Bréfritari: Jakobína Jónsdóttir
Viðtakandi: Sólveig Jónsdóttir
Dagsetning: A-1867-11-18
Skrifað á: Hólmum  S-Múl.
systir bréfviðtakanda

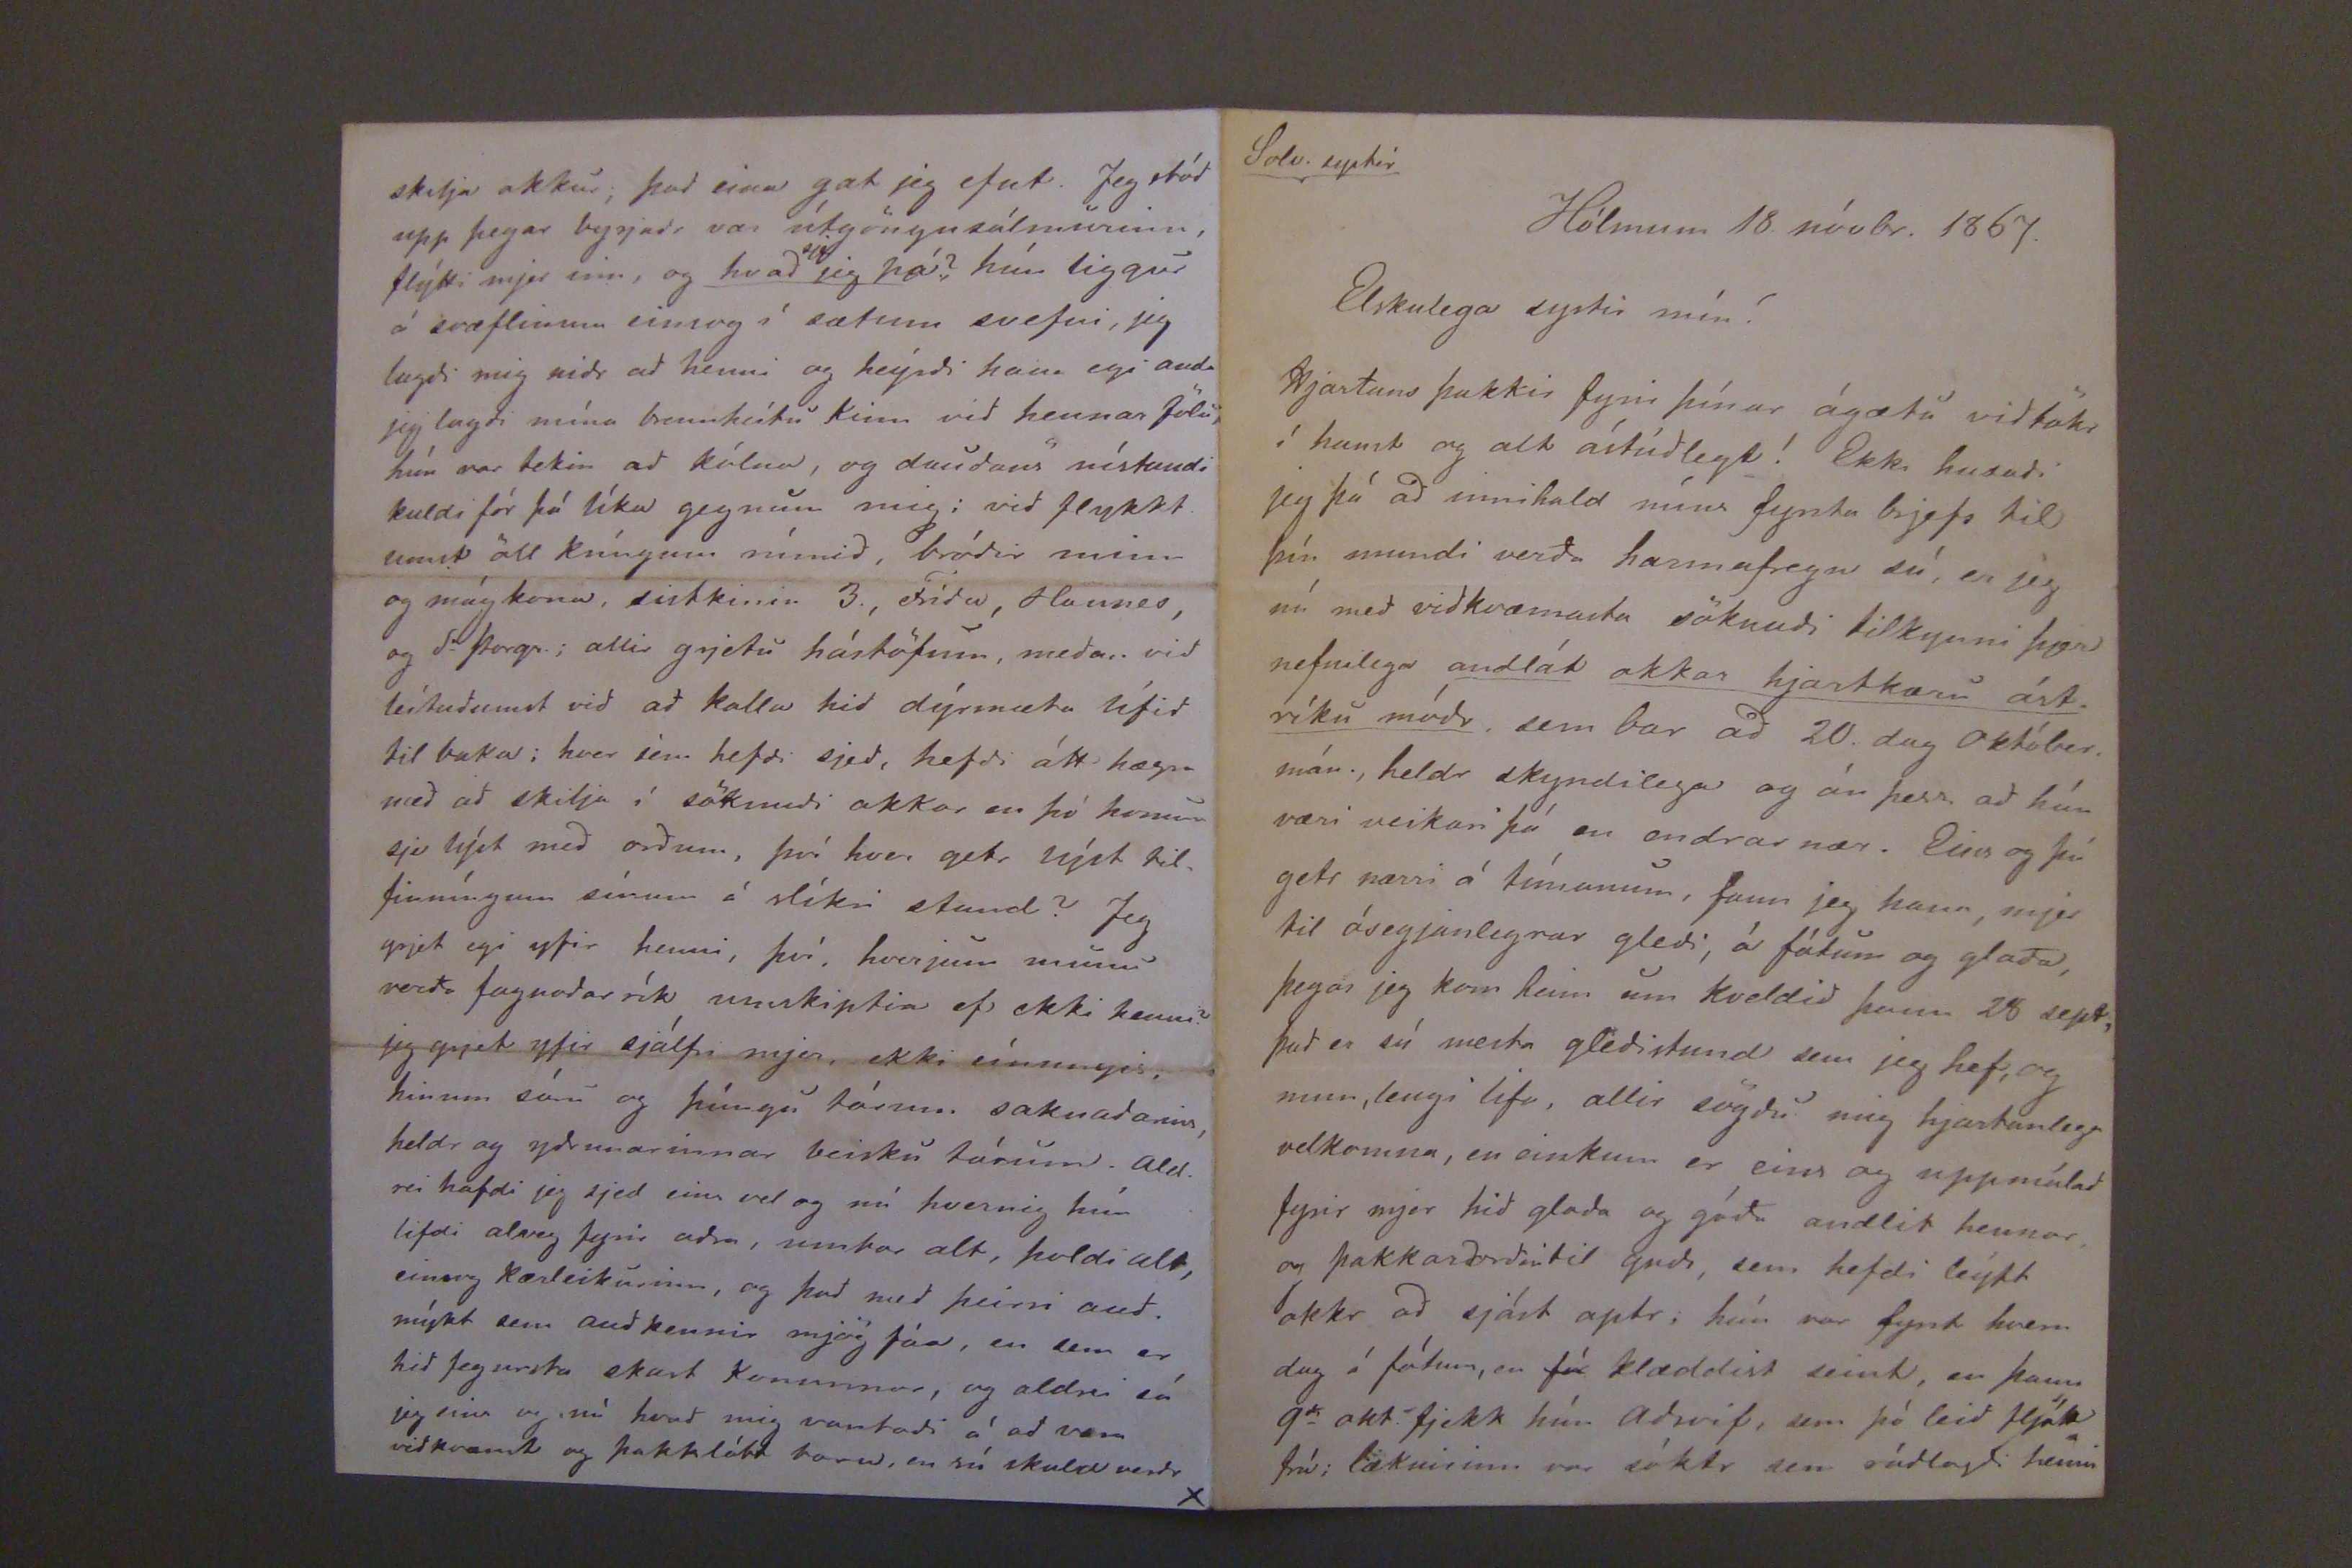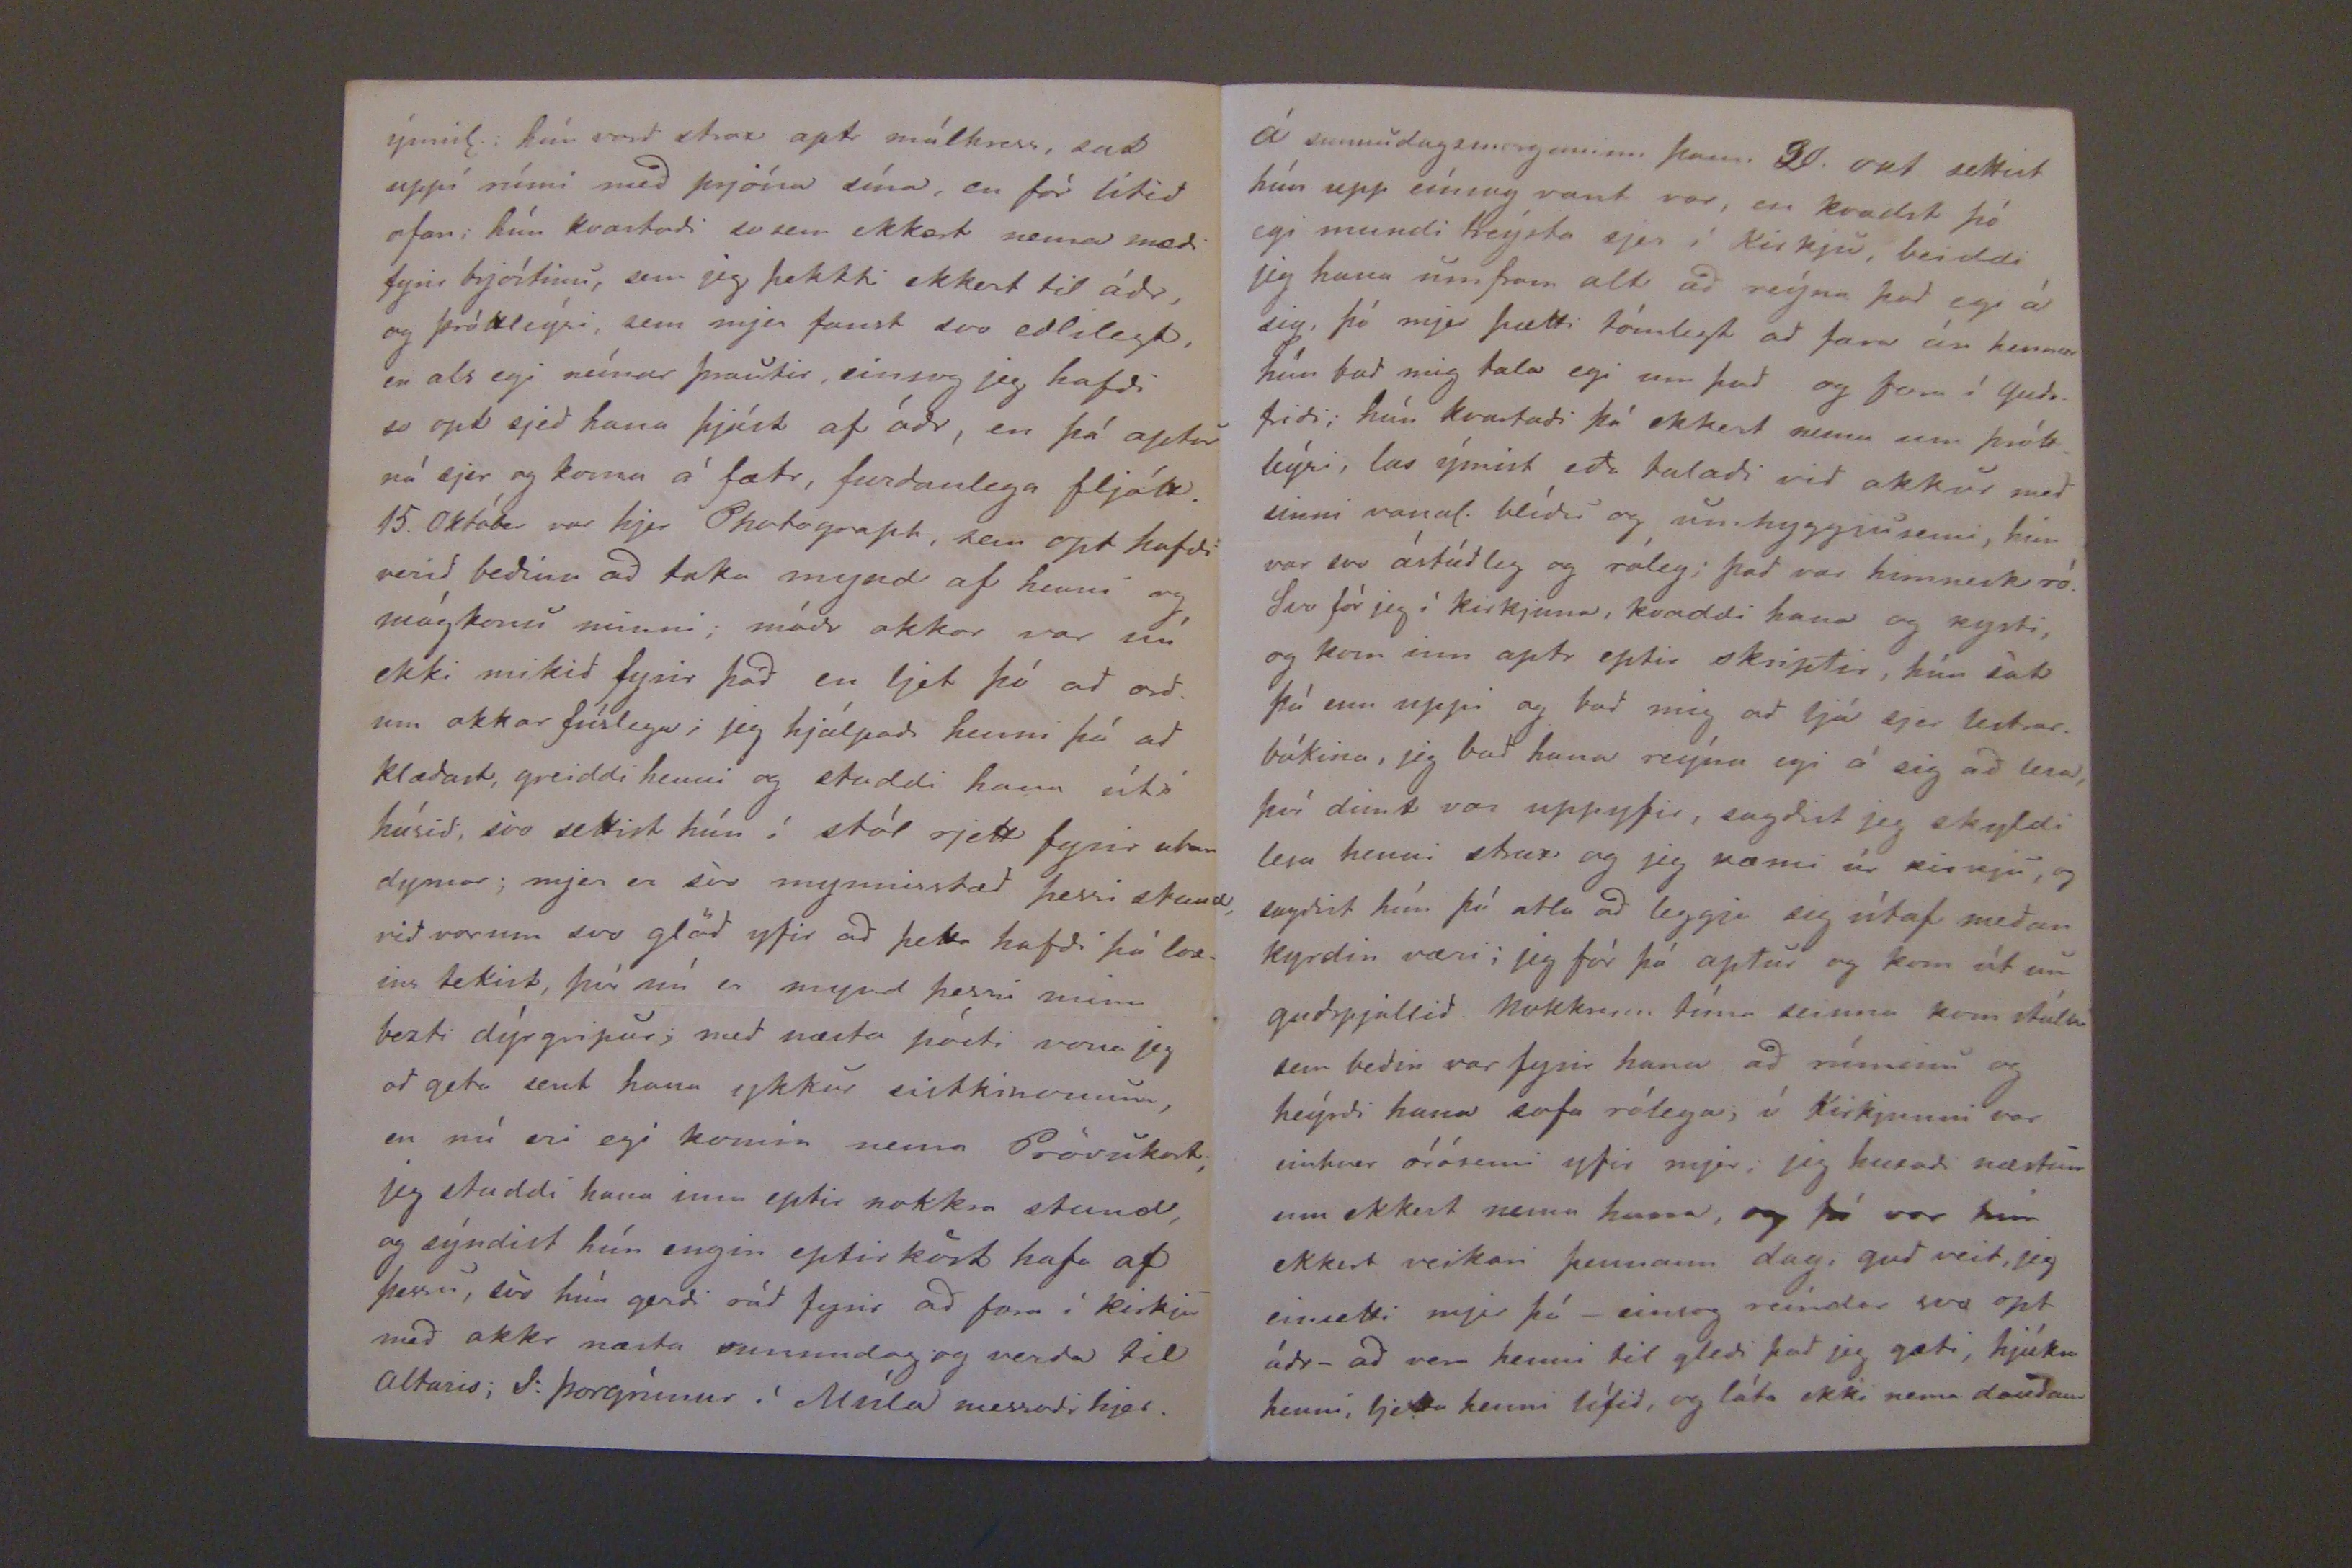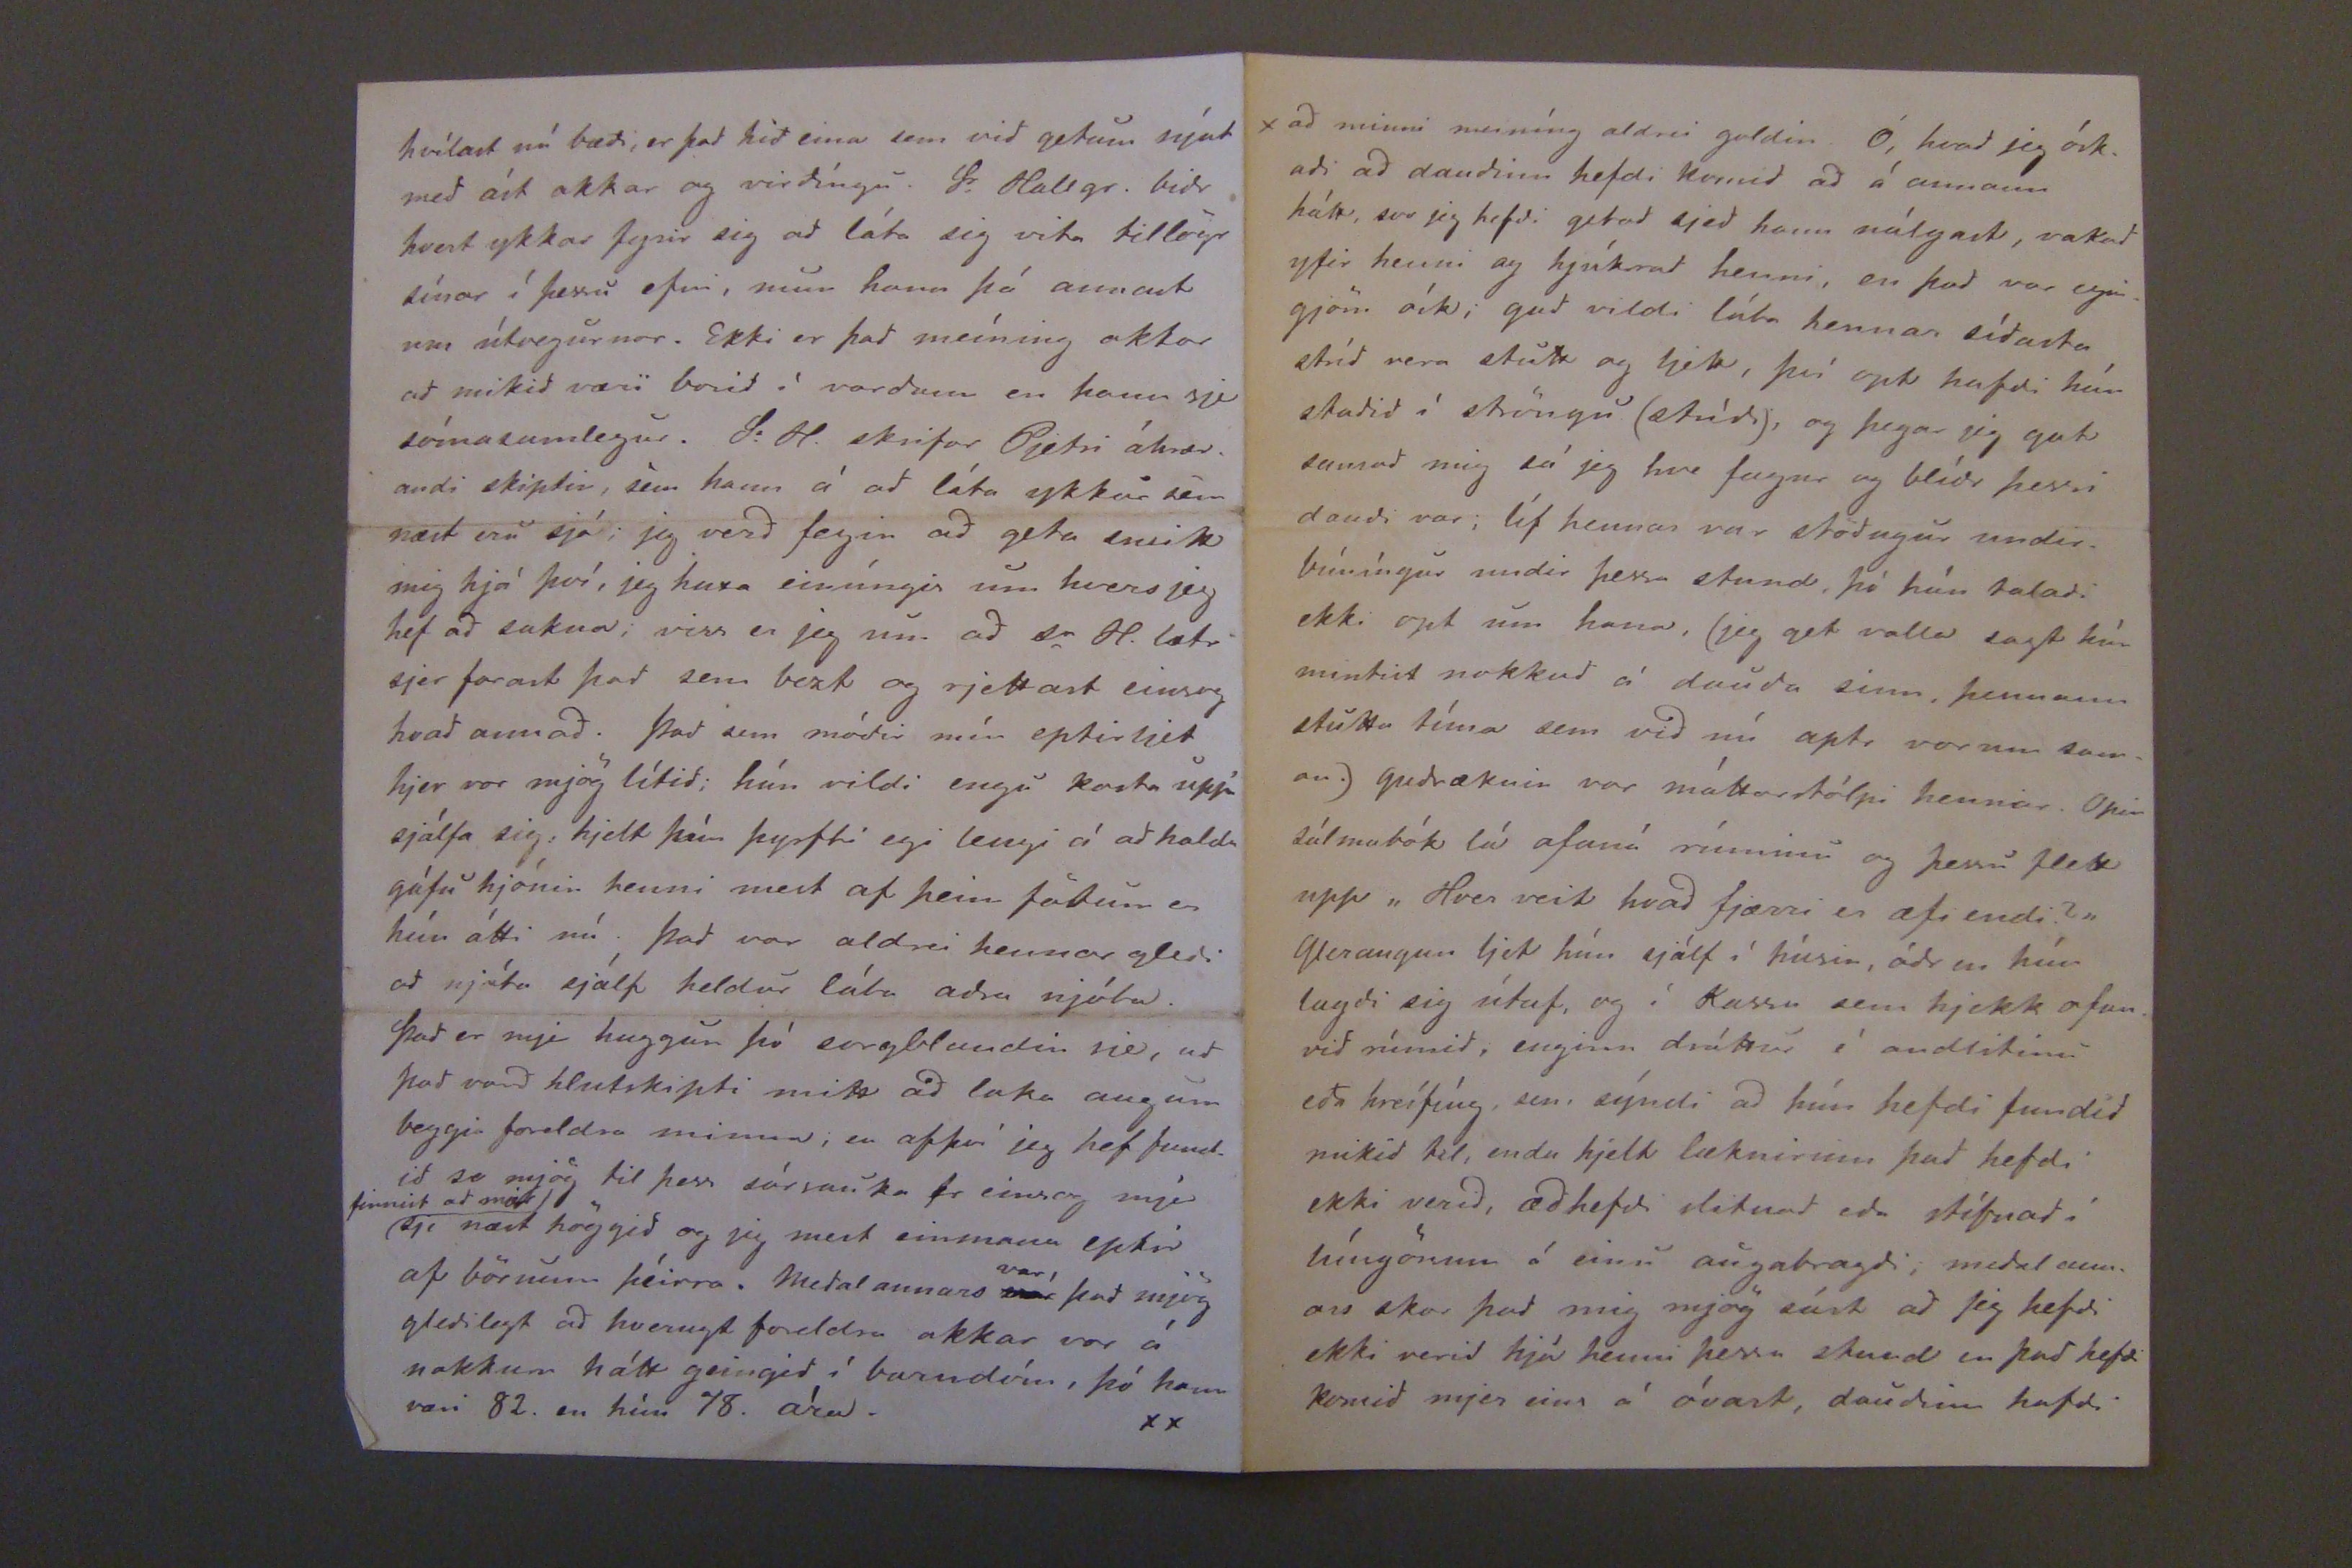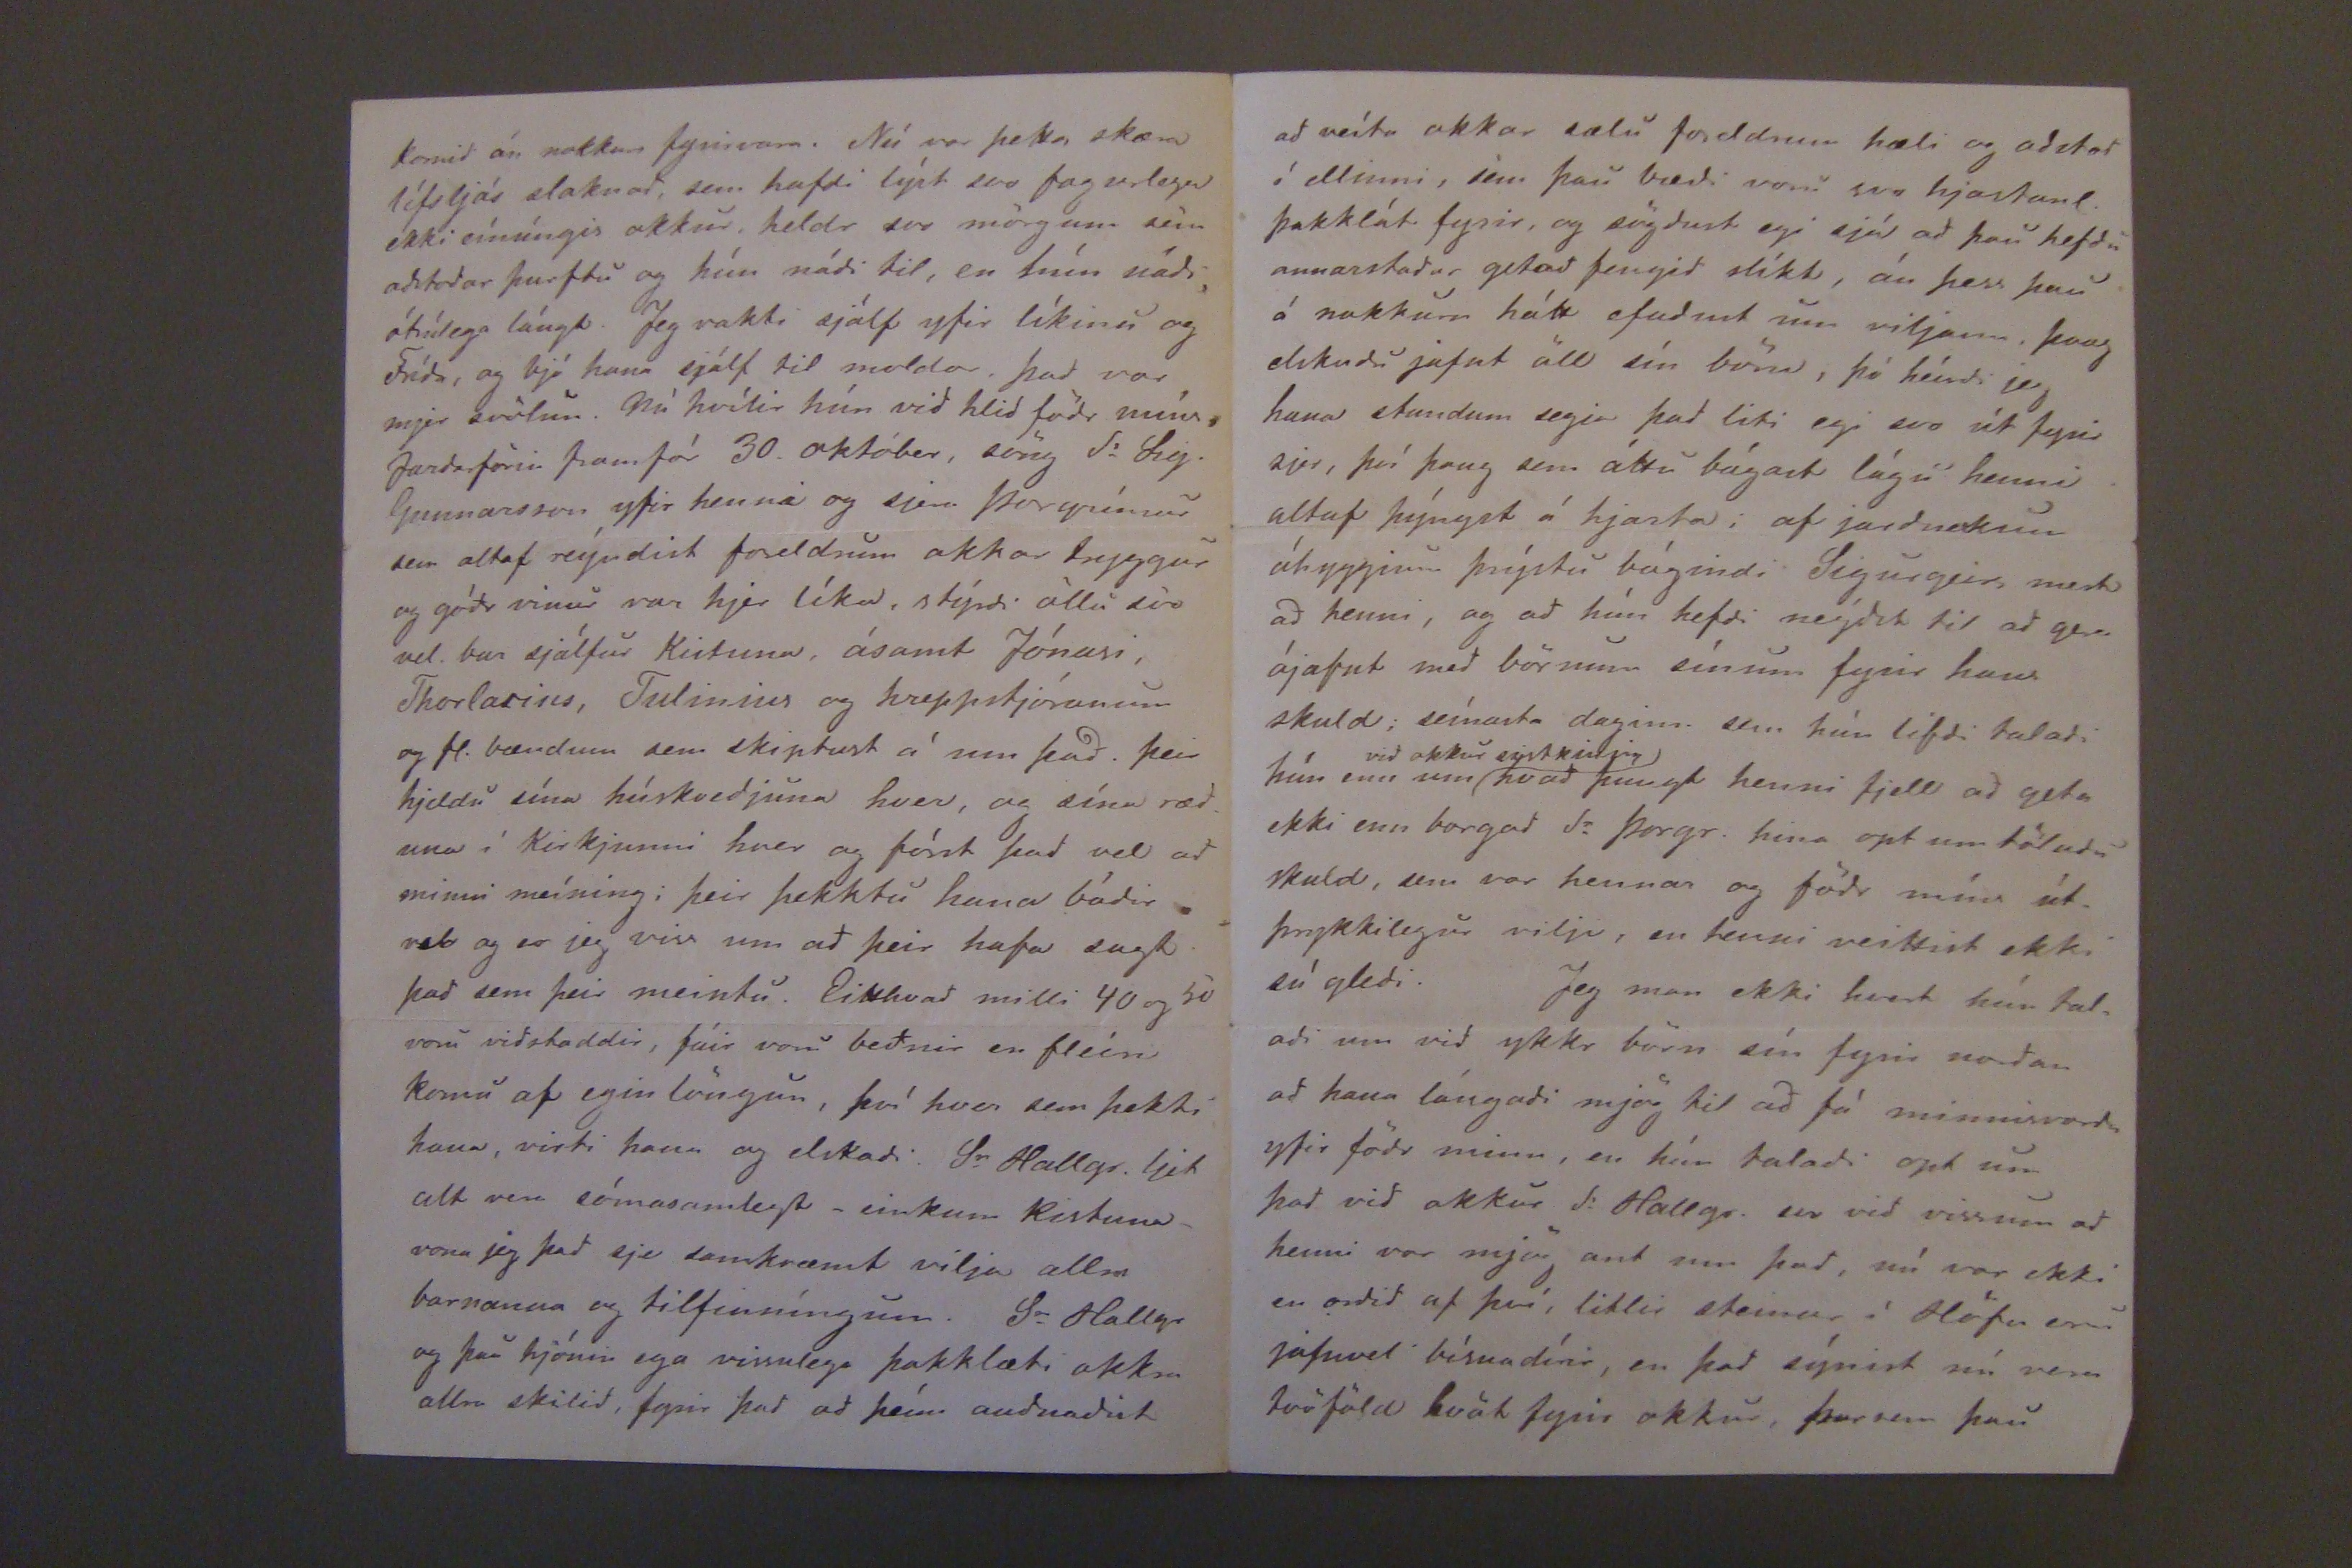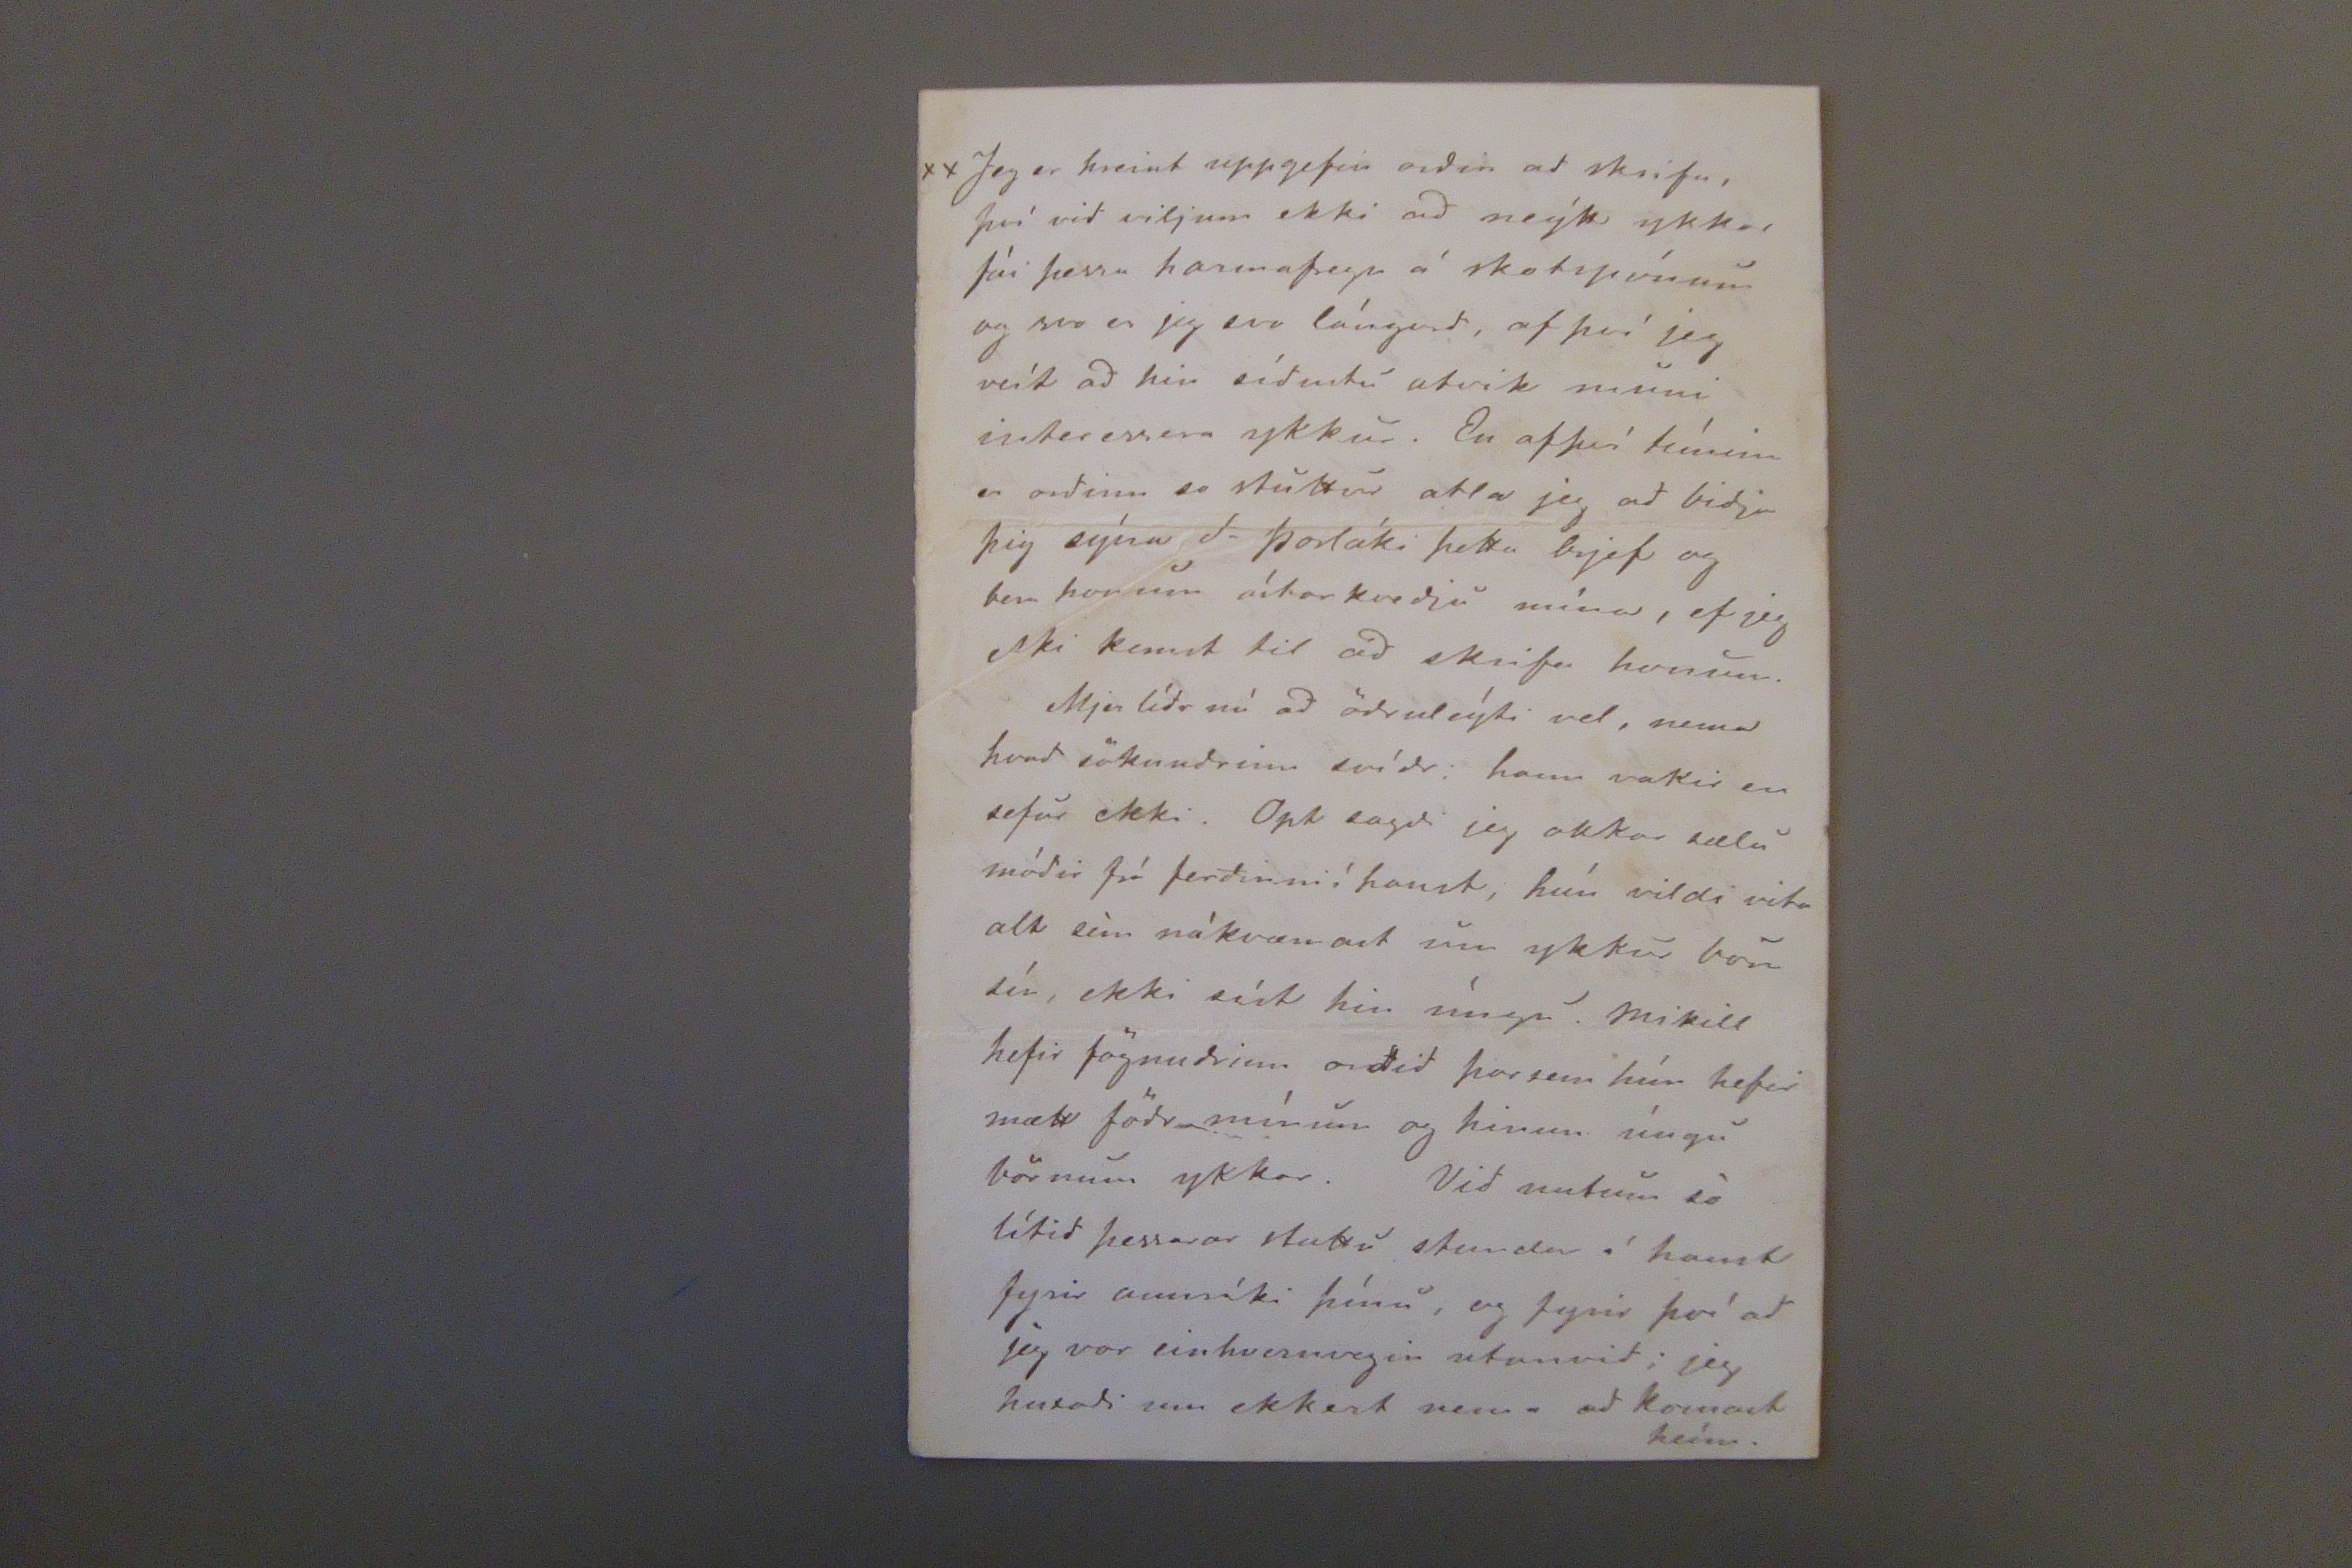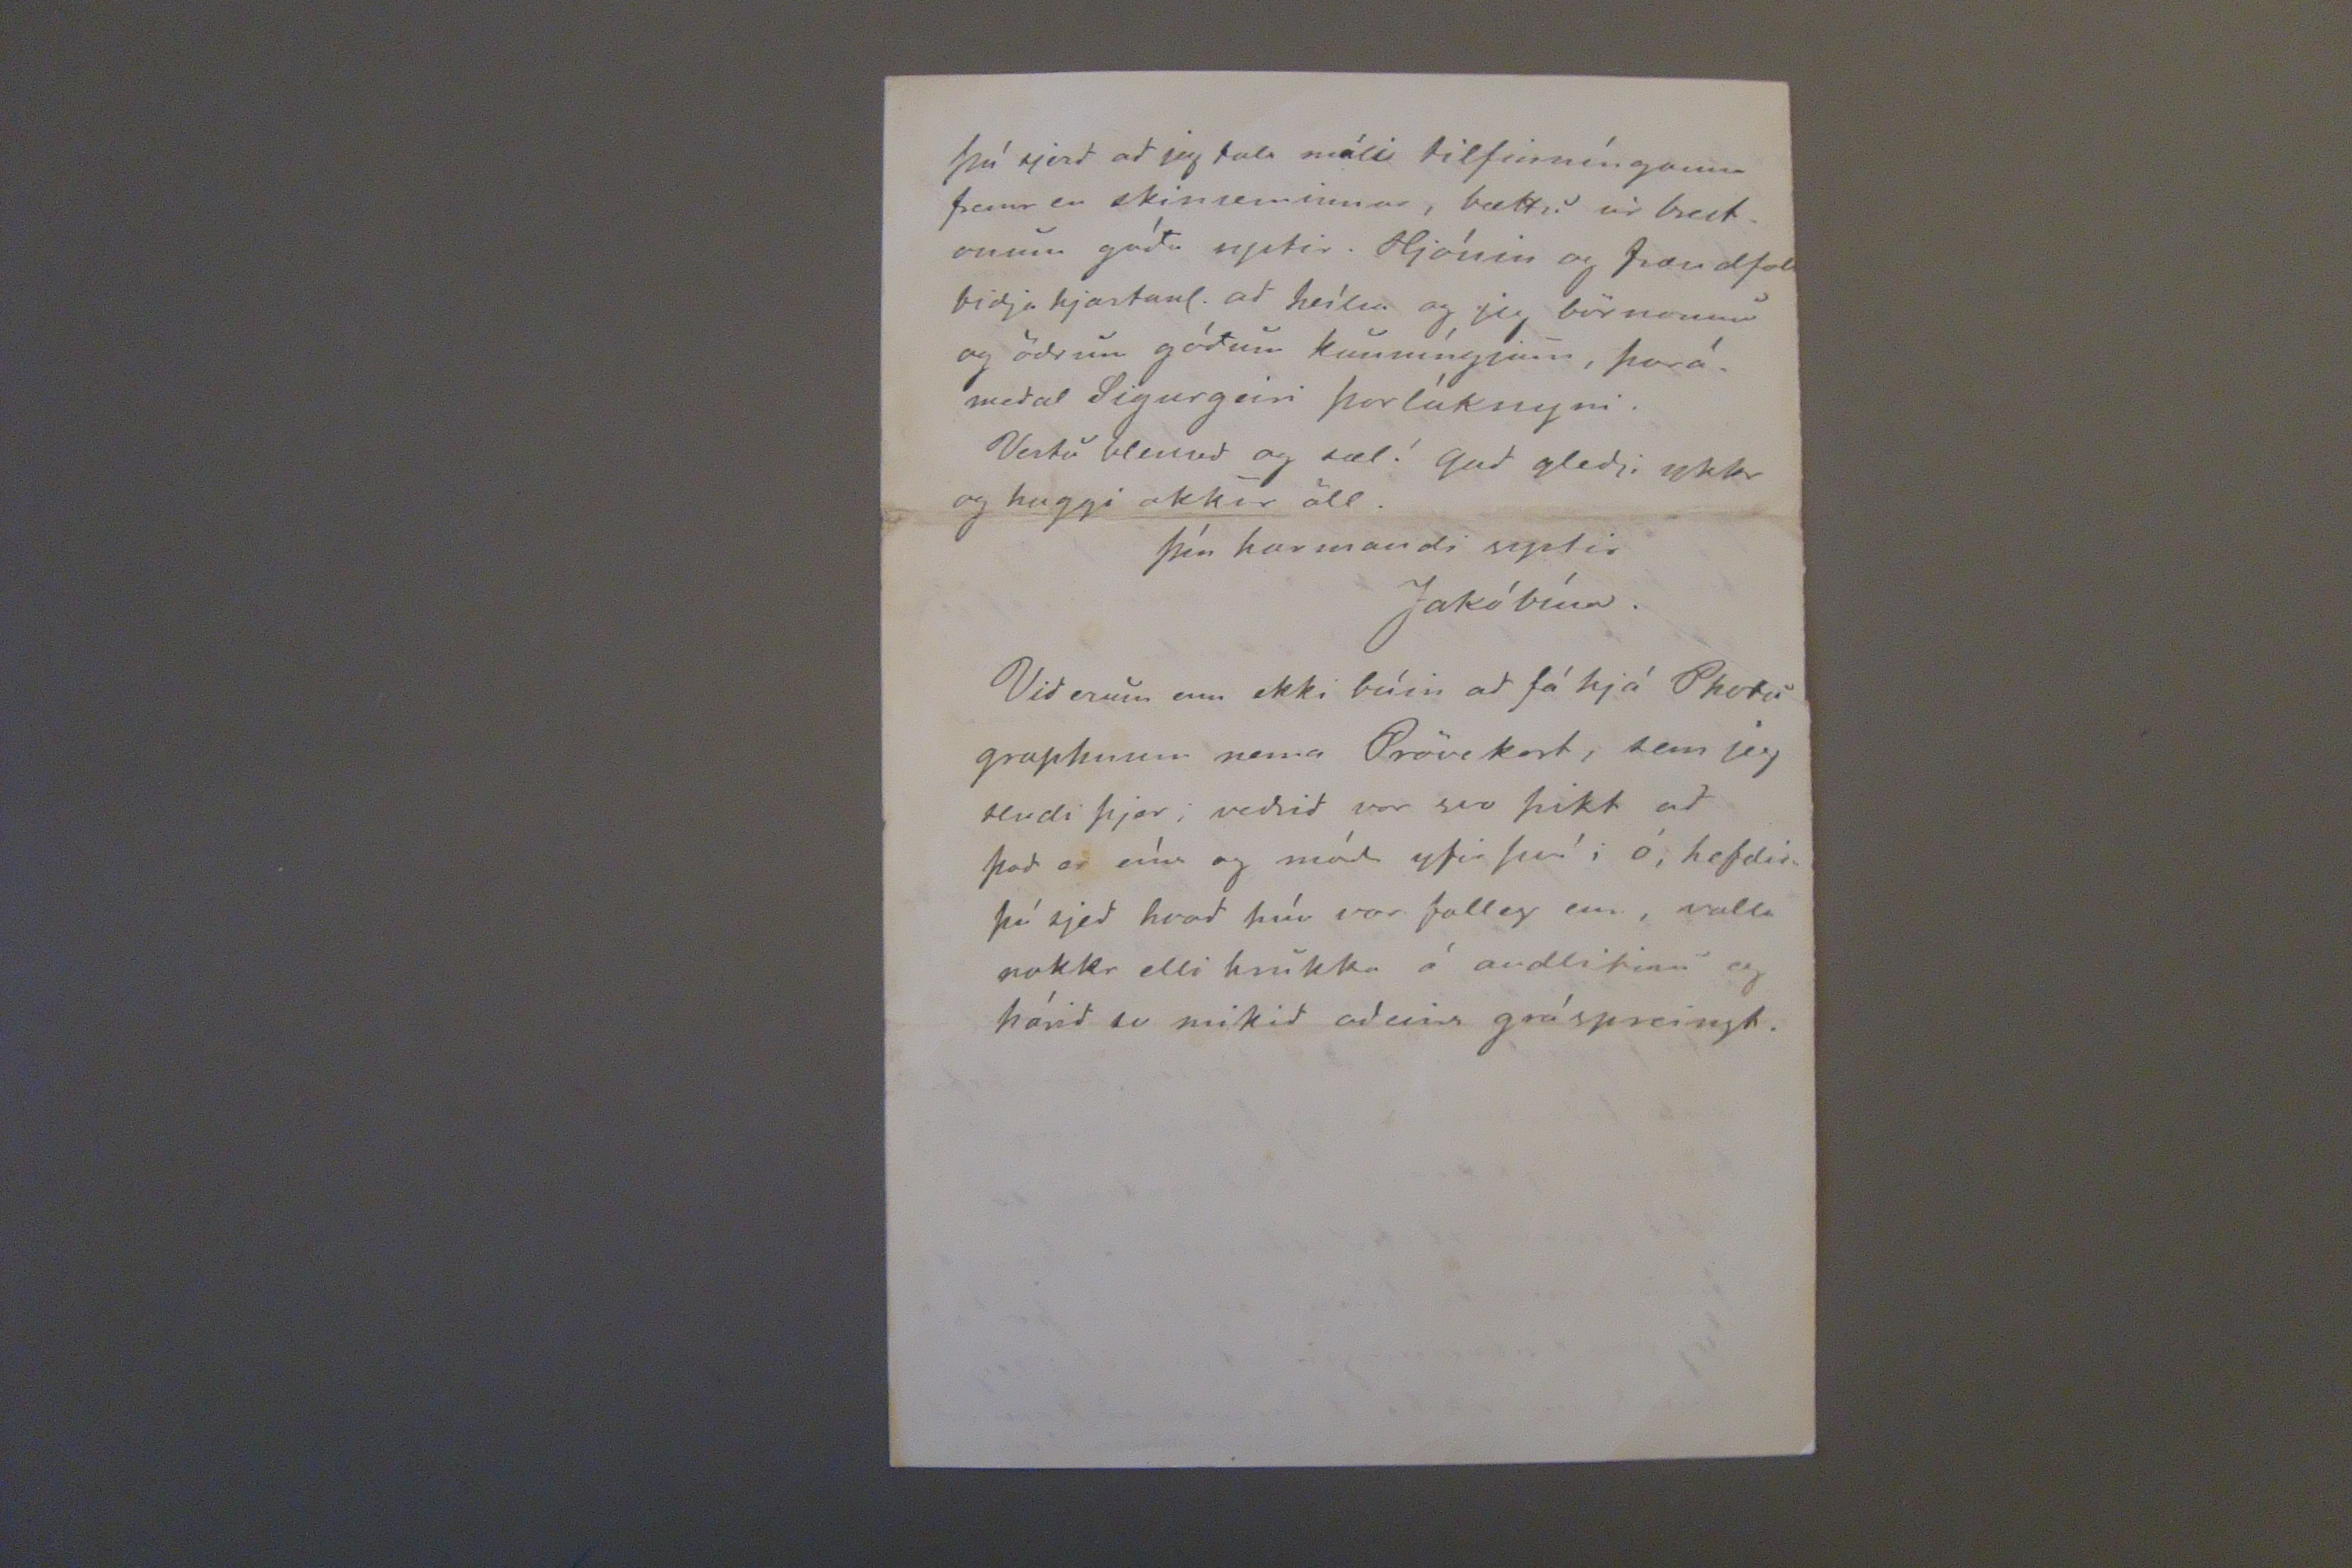

Solv. systir
Hólmum 18. nóvbr. 1867.
Elskulega systir mín!
Hjartans þakkir fyrir þínar ágætu vidtökr í haust og alt ástúdlegt! Ekki huxadi jeg þó ad innihald míns fyrsta brjefs til þín mundi verda harmafregn sú, en jeg nú med vidkvæmasta söknudi tilkynni þjer nefnilega
andlát okkar hjartkæru ástríku módr.
sem bar ad 20. dag Októbermán., heldr skyndilega og án þess ad hún væri veikari þá en endrarnær. Eins og þú getr nærri á tímanum, fann jeg hann, mjer til ásegjanlegrar gledi, á fótum og glada, þegar jeg kom heim umkveldi þann 28 sept, þad er sú mesta gledistund sem jeg hef, og mun, lengi lifa, allir sögdu mig hjartanlega velkomna, en einkum er eins og uppmálad fyrir mjer hid glada og góda andlit hennar og þakkarordintil guds, sem hefdi leýft okkr ad sjást aptr, hún var fyrst hvern dag á fótum, en
fór
klæddist seint, en þann 9
d
okt. fjekk hún Adsvif, sem þó leid fljótt frú; læknirinn var sóktr sem sem rádlagdi henni
ýmisl., hún vard strax aptr málhress,
sat
uppí rúmi med prjóna sína, en fór lítid ofan; hún kvartadi so sem ekkert nema mædi fyrir brjóstinu, sem jeg þekkti ekkert til ádr, og þróttleýsi, sem mjer fanst svo edlilegt, en als egi neínar þrautir, einsog jeg hafdi so opt sjed hana þjást af ádr, en þá aptur ná sjer og koma á fætr, furdanlega fljótt. 15. Október var hjer Photograph, sem opt hafdi verid bedinn ad taka mynd af henni og mágkonu minni; módr okkar var nú ekki mikid fyrir þad en ljet þó ad ordum okkar fúslega; jeg hjálpadi henni þá ad klædast, greiddi henni og studdi hann útí húsid, svo settist hún í stól rjett fyrir utan dyrnar; mjer er svo mynnisstæd þessi stund, vid vorum svo glöd yfir ad þetta hafdi þá loxins tekist, því nú er mynd þessi min bezti dýrgripur; med næsta pósti vona jeg ad geta sent hana ykkur sistkinonum, en nú er egi komin nema Prufukort; jeg staddi hana inn eptir nokkra stund, og sýndist hún engin eptir köst hafa af þessu, svo hún gerdi rád fyrir ad fara í kirkju med okkr næsta sunnudag og verda til altaris; Sr Þorgrímur í Múla messadi hjer.
skilja okkur; þad eina gat jeg efnt. Jeg stód upp egar byrjadr var útgöngusálmurinn, flýtti mjer inn, og
hvad
sje
jeg þá?
hún liggur á svæflinum einsog í sætum svefni, jeg lagdi mig nidr ad henni og heýrdi hana egi anda jeg lagdi núna brennheítu kinn vid hennar fölu, hún var tekin ad kólna, og daudans nístandi kuldi fór þá líka gegnum mig; vid flykktumst öll kríngum rúmid, bródir minn og mágkona, sistkinin 3, Frída, Hannes, og Sr Þorgr.; allir grjetu hástöfum, medan vid leítudumst vid ad kalla hid dýrmæta lífid til baka; hver sem hefdi sjed, hefdi átt hægra med ad skilja í söknudi okkar en þó honum sje lýst med ordum, því hver getr lýst tilfinníngum sínum á slíkri stund? Jeg grjet egi yfir henni, því, hverjum munu verda fagnadarrík umskiptin ef ekki henni? jeg grjet yfir sjálfri mjer, ekki eínungis hinum sáru og þungu tárum saknadarins, heldr og ydrunarinnar beisku tárum. Aldrei hafdi jeg sjed eins vel og nú hvernig hún lifdi alveg fyrir adra, umkar alt, þoldi alt, einsog kærleikurinn, og þad med þeirri audmýkt sem audkennir mjög fáa, en sem er hid fegursta skart konunnar, og aldrei sá jeg eins og nú hvad mig vantadi á ad vera vidkvæmt og þakklátt barn, en sú skuld verdr
Á sunnudagsmorguninn þann 30. okt settist hún upp eínsog vant var, en kvadst þó egi mundi treýsta sjer í Kirkju, beiddi jeg hana umfram alt ad reýna þad egi á sig, þó mjer þætti tómlegt ad fara án hennar hún bad mig tala egi um þad og fara í Gudsfridi; hún kvartadi þá ekkert nema um þróttleýsi, las ýmist eda taladi vid okkur med sinni vanal. blídu og umhyggjusemi, hún var svo ástúdleg og róleg; þad var himnesk ró. Svo fór jeg í kirkjuna, kvaddi hana og kysti, og kom inn aptr eptir skriptir, hún sat þá enn uppi og bad mig ad ljá sjer lestrarbókina, eg bad hana reýna egi á sig ad lesa, því dimt var uppyfir, sagdist jeg skyldi lesa henni strax og jeg kæmi úr kirkju, og sagdist hún þá ætla ad leggja sig útaf medan kyrdin væri; jeg fór þá aptur og kom út um gudspjallid. Nokkurn tíma seinna kom stúlka sem bedin var fyrir hana ad rúminu og heýrdi hana sofa rólega, í Kirkjunni var einhver órósemi yfir mjer; jeg huxadi næstum um ekkert nema hana, og þó var hún ekkert veikari þennann dag, gud veit, jeg einsetti mjer þá -einsog reindar svo opt ádr- ad vera henni til gledi þad jeg gæti, hjúkra henni, ljetta henni lífid, og láta ekki nema daudann
ad minni meiníng aldrei goldin. Ó, hvad jeg óskadi ad daudinn hefdi komid ad á annann hátt, svo jeg hefdi getad sjed hann nálgast, vakad yfir henni og hjúkrad henni, en þad var eigingjörn ósk; gud vildi láta hennar sídasta stríd vera stutt og ljett, því opt hafdi hún stadid í ströngu (strídi), og þegar jeg gat sansad mig sá jeg hve fagur og blídr þessi daudi var; líf hennar var stödugur undirbúníngur undir þessa stund, þó hún taladi ekki opt um hana, (jeg get valla sagt hún mintist nokkud á dauga sinn, þennan stutta tíma sem vid nú aptr vorum saman.) gudræknin var máttarstólpi hennar. Opin sálmabók lá ofaná rúminu og þessu flett upp "Hver veit hvad fjærri er æfi endi?" Gleraugun ljet hún sjálf í húsin, ádr en hún lagdi sig útaf, og í kassa sem hjekk ofanvid rúmid, enginn dráttur í andlitinu eda hreífíng, sem sýndi ad hún hefdi fundid mikid til, enda hjelt læknirinn þad hefdi ekki verid, ædhefdi slitnad eda stífnad í lúngönum á einu augabragdi; medal annars skar þad mig mjög sárt ad jeg hefdi ekki verid hjá henni þessa stund er þad hefdi komid mjer eins á óvart, daudinn hafdi
komid án nokkurs fyrirvara. Nú var þetta skæra lífsljár slaknad, sem hafdi lýst svo fagurlega ekki eínúngis okkur, heldr svo mörgum sem adstodar þurftu og hún nádi til, en hún nádi ótrúlega lángt. Jeg vakti sjálf yfir líkinu og Frída, og bjó hana sjálf til molda. þad var mjer svölun. Nú hvílir hún vid hlid födr míns. Jardarförin framfór 30. október, söng Sr Sig. Gunnarsson yfir henni og sjera Þorgrímur sem altaf reýndist foreldrum okkar tryggur og gódr vinur var hjer líka, stýrdi öllu svo vel bar sjálfur Kistuna, ásamt Jónasi, Thorlasins, Tulinsius og hreppsstjóranum og fl. bændum sem skiptust á um þad. þeir hjeldu sína húskvedjuna hver, og sína ræduna í Kirkjunni hver og fórst þad vel ad minni meíning; þeir þekktu hana bádir vel og er jeg viss um ad þeir hafa sagt þad sem þeir meintu. Eitthvad milli 40 og 50 voru vidstaddir, fáir voru bednir en fleiri komu af egin löngun, því hver sem þekti hana, virti hana og elskadi. Sr Hallgr. ljet alt vera sómasamlegt -einkum kistuna- vona jeg þad sje samkvæmt vilja allra barnanna og tilfinníngum. Sr Hallgr og þau hjónin ega vissulega þakklæti okkra alla skilid, fyrir þad ad þeím audnadist
hvílast nú bædi, er þad hid eina sem vid getum sýnt med ást okkar og virdíngu. Sr Hallgr. bidr hvort ykkar fyrir sig ad láta sig vita tillögr sínar í þessu efni, mun hann þá annast um útvegurnar. Ekki er þad meíning okkar ad mikid væri borid í vardinn en hann sje sómasamlegur. Sr H. skrifar Pjetri áhrærandi skiptir, sem hann á ad láta ykkur sem næst eru sjá, jeg verd fegin ad geta
sneitt
mig hjá því, jeg huxa einúngis um hvers jeg hef ad sakna; viss er jeg um ad sr H. lætr sjer farast þad sem bezt og rjettast einsog hvad annad. Þad sem módir mín eptirljet fhejr var mjög lítid; hún vildi engu kosta uppá sjálfa sig, hjelt þeím þyrfti egi lengi á ad halda gáfu hjónin henni mest af þeim fötum er hún átti nú. þad var aldrei hennar gledi ad njóta sjálf heldur láta adra njóta. Þad er nje huggur þó sorglbundin sje, ad þad vard hlutskipti mitt ad loka augum beggja foreldra minna; en afþví jeg hef fundid so mjög til þess sársauka er einsog mje
finnist ad mig
sje næst höggid og jeg mest einmana eptir af börnum þeirra. Medal annars
var,
þad mjög gledilegt ad hvorugt foreldra okkar var á nokkurn hátt geingid í barndvín, þó hann væri 82. en hún 78. ára. xx
ad veít okkar sælu foreldrum hæli og adstod í ellinni, sem þau bædi voru svo hjartanl. þakklát fyrir, og sögdust egi sjá ad þau hefdu annarsstadar getad fengid slíkt, án þess þau á nokkurn hátt efudust um viljann. þaug elskudu jafnt öll sín börn, þó heírdi jeg hana stundum segja þad liti egi svo út fyrir sjer, því þaug sem áttu bágast lágu henni altaf þýngst á hjarta; af jardneskum áhyggjum þrýstu bágindi Sigurgeirs mest ad henni, og ad hún hefdi neýdst til ad gera ójafnt med börnum sínum fyrir hans skuld; seínasta daginn sem hún lifdi taladi hún enn sem
vid okkur systkinin
hvad þungt henni fjell ad geta ekki enn borgad Sr Þorgr. hina ot um töludu skuld, sem var hennar og födr míns útþrykkilegur vilji, en henni veittist ekki sú gledi. Jeg man ekki hvort hún taladi um vid ykkr börn sín fyrir nordan ad hana lángadi mjög til ad fá minnisvarda yfir födr minn, en hún taladi opt um þad vid okkur Sr Hallgr. svo vid vissum ad henni var mjög ant um þad, nú ar ekki en ordid af því, litlir steinar í Höfn eru jafnvel bísnadírir, en þad sýnist nú vera tvöföld hvöt fyrir okkur, þarsem þau
xx Jeg er hreint uppgefin ordin ad skrifu, því vid viljum ekki neýtt ykkar fái þessa harmafregn á skotspúnum og svo er jeg svo lángord, af því jeg veít ad hin sídustu atvik muni interessera ykkur. En afþví tíminn er ordinn stuttur ætla jeg ad bidja þig sýna Sr Þorláki þetta brjef og bera honum ástarkvedju mína, ef jeg ekki kemst til ad skrifa honum.
Mjer lídr nú ad ödruleýti vel, nema hvad söknudurinn svídr; hann vakir en sefur ekki. Opt sagdi jeg okkar sælu módir frá ferdinni í haust, hún vildi vita alt eíns nákvæmast um ykkur börn sín, ekki síst hin úngu. Mikill hefir fögnudrinn ordid þarsem hún hefir mætt födr mínum og hinum úngu börnum ykkar. Vid untum so lítid þessarar stuttu stundar í haust fyrir annríki þínu, og fyrir því ad jeg var einhvernvegin utanvid; jeg huxadi um ekkert nema ad komast heím.
Þú sjerd ad jeg tala máli tilfinnínganna fremr en skinseminnar, bættu úr brestonum góda systir. Hjónin og frændfolk bidja hjartanl. ad heílsa og jeg börnonum og ödrum gódum kunníngjum, þarámedal Sigurgeiri Þorlákssyni.
Vertu blessud og sæl! gud gledji ykkr og huggi okkur öll.
Þín harmandi systir
Jakóbína.
Vid erum enn ekki búin ad fá hjá Photographnum nema Prövekort, sem jeg sendi þjer; vedrid var svo þikt ad þad er eíns og móda yfir því; ó, hefdir þú sjed hvad hún var falleg enn, valla nokkr elli krukka á andlitinu og hárid so mikid adeins gráspreingt.